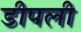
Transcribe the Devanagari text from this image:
डीपली